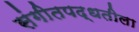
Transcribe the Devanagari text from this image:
संगीतपद्धतीला